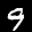
Label: 9